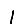
Digit: 1